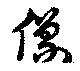
像